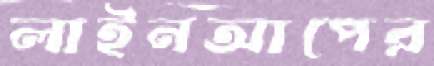
লাইনআপের